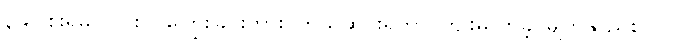
၃၉။ စိုးရိမ်ပူပြင်း၊ ငိုကြွေးခြင်းကား၊ ကိုယ်ဆင်းရဲကာ၊ ကျိုးမလာခဲ့၊ မျက်နှာညစ်ပုပ်၊